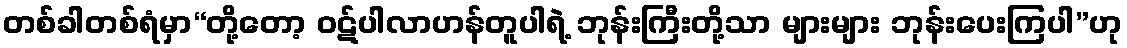
တစ်ခါတစ်ရံမှာ“တို့တော့ ဝဋ်ပါလာဟန်တူပါရဲ့ ဘုန်းကြီးတို့သာ များများ ဘုန်းပေးကြပါ”ဟု